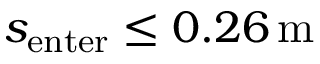
s _ { \mathrm { e n t e r } } \le 0 . 2 6 \, \mathrm { m }